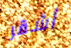
أشقر